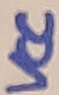
Text: VCC